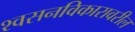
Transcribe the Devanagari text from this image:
श्वसनविकारावरील